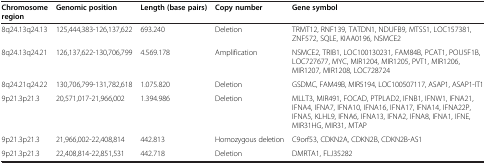
<table><thead><tr><td><b>Chromosome region</b></td><td><b>Genomic position</b></td><td><b>Length (base pairs)</b></td><td><b>Copy number</b></td><td><b>Gene symbol</b></td></tr></thead><tbody><tr><td>8q24.13q24.13</td><td>125,444,383-126,137,622</td><td>693.240</td><td>Deletion</td><td>TRMT12, RNF139, TATDN1, NDUFB9, MTSS1, LOC157381, ZNF572, SQLE, KIAA0196, NSMCE2</td></tr><tr><td>8q24.13q24.21</td><td>126,137,622-130,706,799</td><td>4.569.178</td><td>Amplification</td><td>NSMCE2, TRIB1, LOC100130231, FAM84B, PCAT1, POU5F1B, LOC727677, MYC, MIR1204, MIR1205, PVT1, MIR1206, MIR1207, MIR1208, LOC728724</td></tr><tr><td>8q24.21q24.22</td><td>130,706,799-131,782,618</td><td>1.075.820</td><td>Deletion</td><td>GSDMC, FAM49B, MIR5194, LOC100507117, ASAP1, ASAP1-IT1</td></tr><tr><td>9p21.3p21.3</td><td>20,571,017-21,966,002</td><td>1.394.986</td><td>Deletion</td><td>MLLT3, MIR491, FOCAD, PTPLAD2, IFNB1, IFNW1, IFNA21, IFNA4, IFNA7, IFNA10, IFNA16, IFNA17, IFNA14, IFNA22P, IFNA5, KLHL9, IFNA6, IFNA13, IFNA2, IFNA8, IFNA1, IFNE, MIR31HG, MIR31, MTAP</td></tr><tr><td>9p21.3p21.3</td><td>21,966,002-22,408,814</td><td>442.813</td><td>Homozygous deletion</td><td>C9orf53, CDKN2A, CDKN2B, CDKN2B-AS1</td></tr><tr><td>9p21.3p21.3</td><td>22,408,814-22,851,531</td><td>442.718</td><td>Deletion</td><td>DMRTA1, FLJ35282</td></tr></tbody></table>